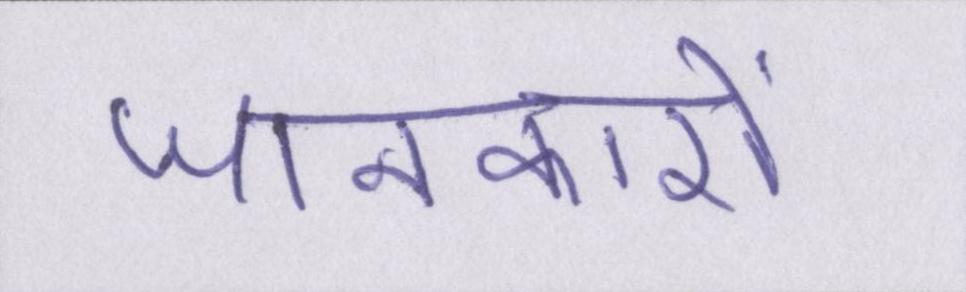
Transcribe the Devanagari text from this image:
जानकारों